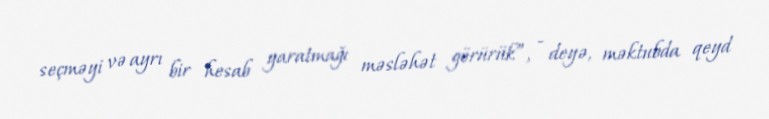
seçməyi və ayrı bir hesab yaratmağı məsləhət görürük”, - deyə, məktubda qeyd